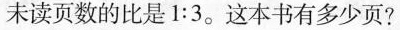
未读页数的比是1:3。这本书有多少页?